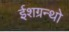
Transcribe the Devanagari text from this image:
ईशग्रन्थो